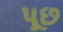
પૂછ